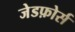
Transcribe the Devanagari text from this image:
जेडफ़ोर्स